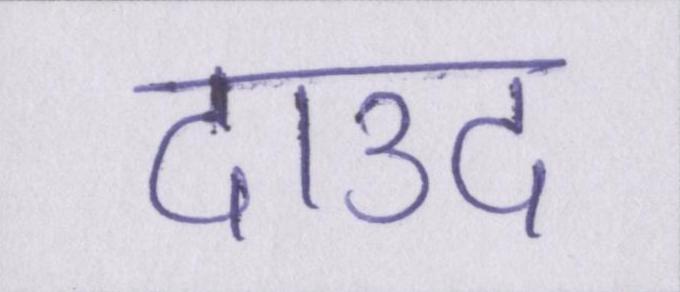
दाउद